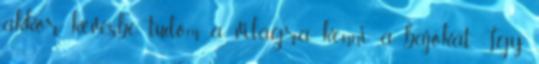
akkor kevésbé tudom a világra kenni a bajokat. Így